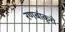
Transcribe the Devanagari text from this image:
रणबांकुरो